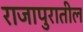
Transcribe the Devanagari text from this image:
राजापुरातील